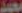
محمد